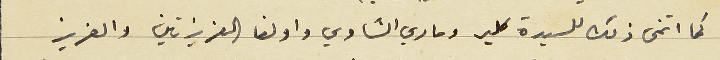
كما اتمنى ذلك للسيدة كلير وماري الشاوي واولغا العزيزتين والعزيز